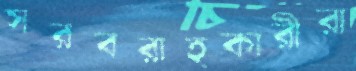
সরবরাহকারীরা